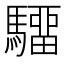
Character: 驑